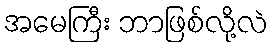
အမေကြီး ဘာဖြစ်လို့လဲ